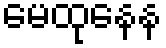
မေထုနေန